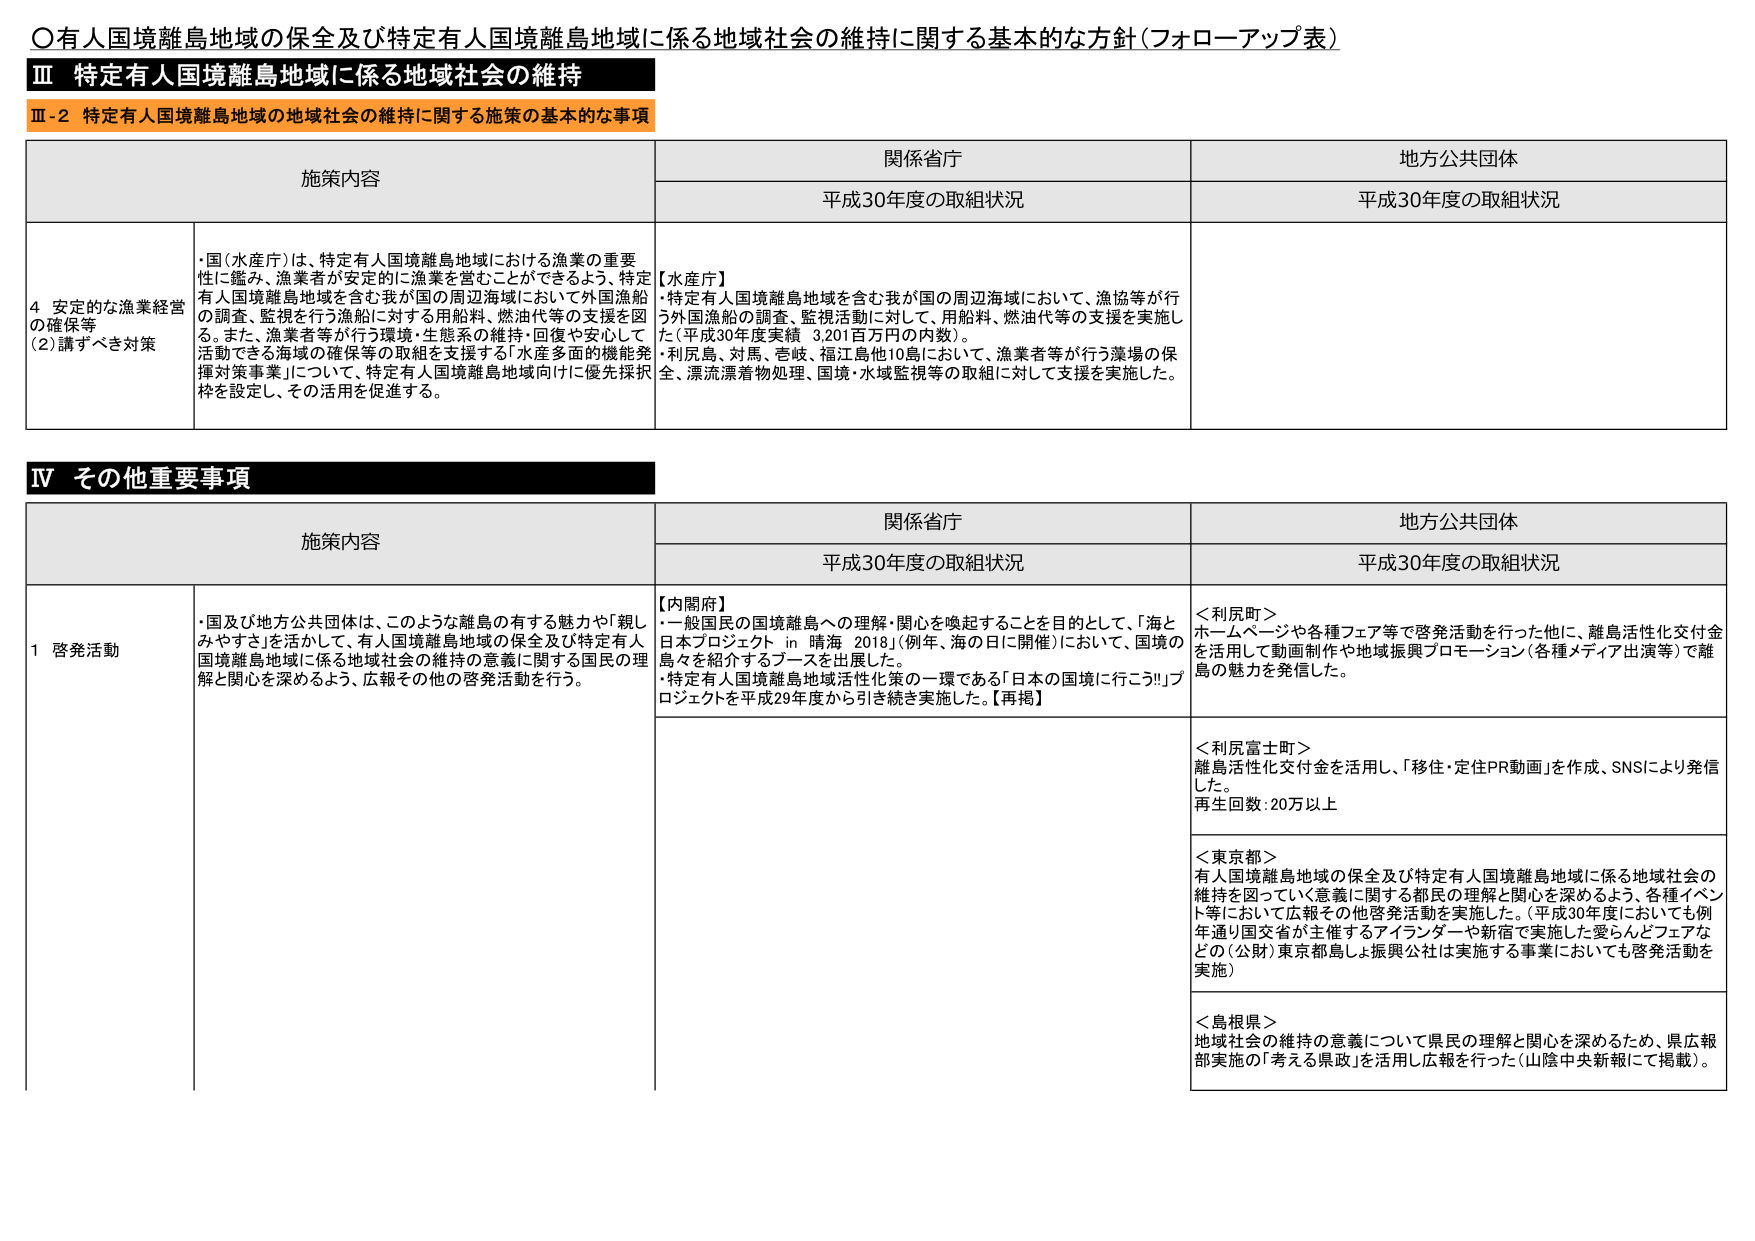
〇有人国境離島地域の保全及び特定有人国境離島地域に係る地域社会の維持に関する基本的な方針（フォローアップ表）

Ⅲ 特定有人国境離島地域に係る地域社会の維持

Ⅲ-2 特定有人国境離島地域の地域社会の維持に関する施策の基本的な事項

施策内容 関係省庁 地方公共団体
平成30年度の取組状況 平成30年度の取組状況

4 安定的な漁業経営の確保等
(2) 講ずべき対策
・国（水産庁）は、特定有人国境離島地域における漁業の重要性に鑑み、漁業者が安定的に漁業を営むことができるよう、特定有人国境離島地域を含む我が国の周辺海域において外国漁船の調査・監視を行う漁船に対する用船料、燃油代等の支援を図る。また、漁業者等が行う環境・生態系の維持・回復や安心して活動できる漁場の確保等の取組を支援する「水産多面的機能発揮対策事業」について、特定有人国境離島地域向けに優先採択枠を設定し、その活用を促進する。

【水産庁】
・特定有人国境離島地域を含む我が国の周辺海域において、漁協等が行う外国漁船の調査、監視活動に対して、用船料、燃油代等の支援を実施した（平成30年度実績 3,201百万円の内数）。
・利尻島、対馬、壱岐、福江島他10島において、漁業者等が行う漁場の保全、漂流漂着物処理、国境・水域監視等の取組に対して支援を実施した。

Ⅳ その他重要事項

施策内容 関係省庁 地方公共団体
平成30年度の取組状況 平成30年度の取組状況

1 啓発活動
・国及び地方公共団体は、このような離島の有する魅力や「親しみやすさ」を活かして、有人国境離島地域の保全及び特定有人国境離島地域に係る地域社会の維持の意義に関する国民の理解と関心を深めるよう、広報その他の啓発活動を行う。

【内閣府】
・一般国民の国境離島への理解・関心を喚起することを目的として、「海と日本プロジェクト in 晴海 2018」（例年、海の日に開催）において、国境の島々を紹介するブースを出展した。
・特定有人国境離島地域活性化策の一環である「日本の国境に行こう!!」プロジェクトを平成29年度から引き続き実施した。【再掲】

＜利尻町＞
ホームページや各種フェア等で啓発活動を行った他に、離島活性化交付金を活用して動画制作や地域振興プロモーション（各種メディア出演等）で離島の魅力を発信した。

＜利尻富士町＞
離島活性化交付金を活用し、「移住・定住PR動画」を作成、SNSにより発信した。
再生回数：20万以上

＜東京都＞
有人国境離島地域の保全及び特定有人国境離島地域に係る地域社会の維持を図っていく意義に関する都民の理解と関心を深めるよう、各種イベント等において広報その他啓発活動を実施した。平成30年度においても例年通り国交省が主催するアイランダーや新宿で実施した愛らんどフェアなどの（公財）東京都島しょ振興公社は実施する事業においても啓発活動を実施）

＜島根県＞
地域社会の維持の意義について県民の理解と関心を深めるため、県広報部実施の「考える県政」を活用し広報を行った（山陰中央新報にて掲載）。